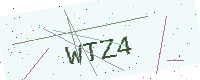
Text: WTZ4